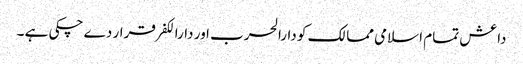
داعش تمام اسلامی ممالک کو دارالحرب اور دارالکفر قرار دے چکی ہے ۔